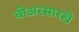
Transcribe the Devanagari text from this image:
बीअरसारखे